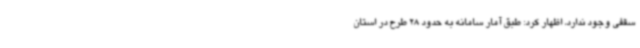
سقفی وجود ندارد، اظهار کرد: طبق آمار سامانه به حدود 28 طرح در استان